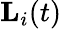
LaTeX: \mathbf{L}_{i}(t)